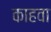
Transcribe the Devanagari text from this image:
काहवा